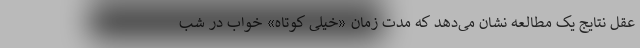
عقل نتایج یک مطالعه نشان می‌دهد که مدت زمان «خیلی کوتاه» خواب در شب